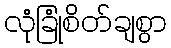
လုံခြုံစိတ်ချစွာ